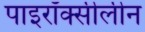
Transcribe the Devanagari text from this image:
पाइरॉक्सीलीन